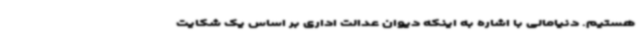
هستیم. دنیامالی با اشاره به اینکه دیوان عدالت اداری بر اساس یک شکایت